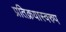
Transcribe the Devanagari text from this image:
प्रतिक्रयास्वरुप